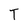
Character: T